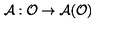
\mathcal { A } : \mathcal { O } \rightarrow \mathcal { A ( O ) }